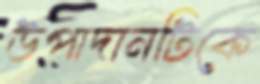
উপাদানটিকে